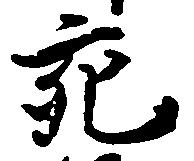
充